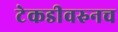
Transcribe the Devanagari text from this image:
टेकडीवरुनच